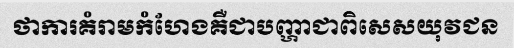
ថាការគំរាមកំហែងគឺជាបញ្ហាជាពិសេសយុវជន